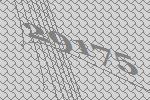
29175